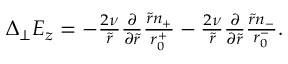
\begin{array} { r } { \Delta _ { \perp } E _ { z } = - \frac { 2 \nu } { \tilde { r } } \frac { \partial } { \partial \tilde { r } } \frac { \tilde { r } n _ { + } } { r _ { 0 } ^ { + } } - \frac { 2 \nu } { \tilde { r } } \frac { \partial } { \partial \tilde { r } } \frac { \tilde { r } n _ { - } } { r _ { 0 } ^ { - } } . } \end{array}